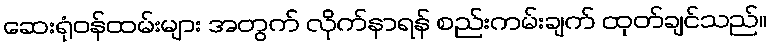
ဆေးရုံဝန်ထမ်းများ အတွက် လိုက်နာရန် စည်းကမ်းချက် ထုတ်ချင်သည်။